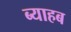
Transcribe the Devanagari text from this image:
ब्याहब